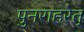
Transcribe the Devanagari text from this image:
पुनराहरेत्